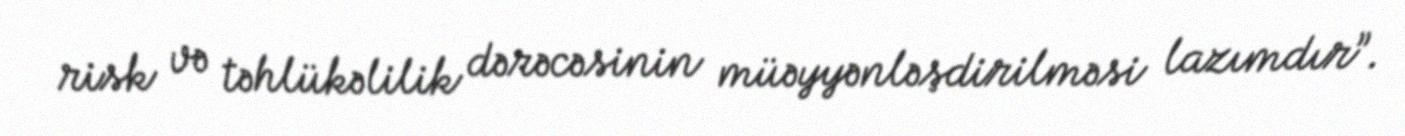
risk və təhlükəlilik dərəcəsinin müəyyənləşdirilməsi lazımdır”.